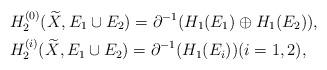
LaTeX: \begin{align*}&H_2^{(0)}(\widetilde{X},E_1\cup E_2)=\partial^{-1}(H_1(E_1)\oplus H_1(E_2)), \\&H_2^{(i)}(\widetilde{X},E_1\cup E_2)=\partial^{-1}(H_1(E_i)) (i=1,2),\end{align*}